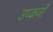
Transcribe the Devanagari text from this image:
उप्कर्नो